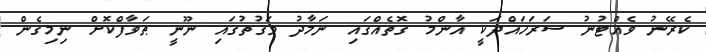
ކެރޭނު ވެއްޓުނު ސަރަހައްދަކީ އާންމު ގޮތެއްގައި ނަމާދު ވަގުތުގައި ނޫނީ ޠަވާފްކޮށް ނިމިގެން